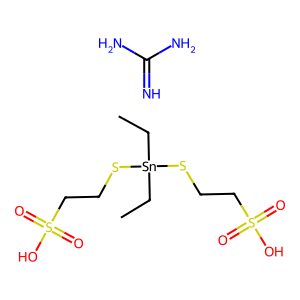
SMILES: CC[Sn](CC)(SCCS(=O)(=O)O)SCCS(=O)(=O)O.N=C(N)N
Inhibits HIV replication: No